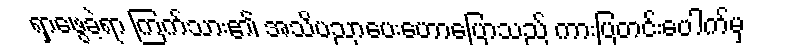
ရှာဖွေခဲ့ရာ ကြက်သား၏ အသိပညာပေးဟောပြောသည် ကားပြတင်းပေါက်မှ